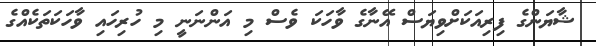
ޝާޔަންގެ ފިރިއަކަށްވިޔަސް އޭނާގެ ވާހަކަ ވެސް މި އަންނަނީ މި ހުރިހައި ވާހަކަތަކެއްގެ